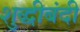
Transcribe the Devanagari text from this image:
शुद्धीबंदी